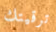
ترقيتك